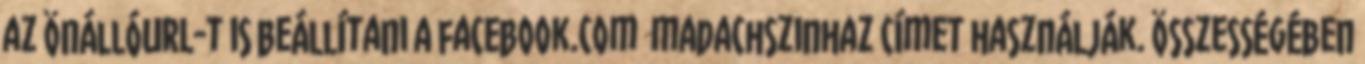
az önállóURL-t is beállítani a facebook.com madachszinhaz címet használják. Összességében